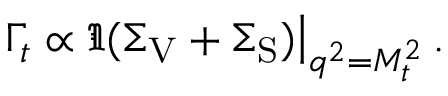
\Gamma _ { t } \propto \Im ( \Sigma _ { \mathrm { V } } + \Sigma _ { \mathrm { S } } ) \big | _ { q ^ { 2 } = M _ { t } ^ { 2 } } \, .